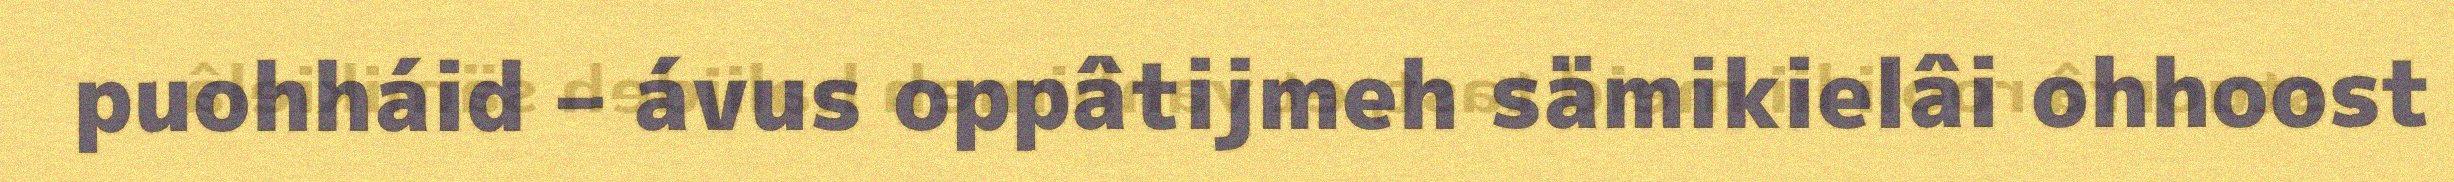
puohháid – ávus oppâtijmeh sämikielâi ohhoost